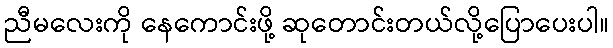
ညီမလေးကို နေကောင်းဖို့ ဆုတောင်းတယ်လို့ပြောပေးပါ။